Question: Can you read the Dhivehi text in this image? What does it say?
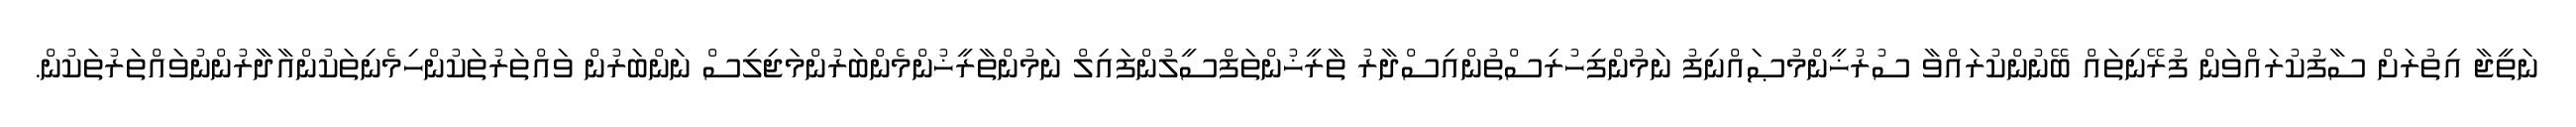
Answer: ނަތީޖާ އިތުރަށް ސާފުކުރައްވަން ފުރޭނިތައް ބޭނުންކުރައްވާ ސުރުޚީންމުޞައްނިފު ނަމުންފިހުރިސްތުންއިސްދާރު ތާރީޚުންތަފްސީލުންފައިލް ނަމުންތާރީޚުންމެންބަރުންމަޖިލިސް ނަންބަރުން ވައްތަރުތަކުންހިމެނިތަކުންއާދާރުންނުވައްތަރުތަކުން.